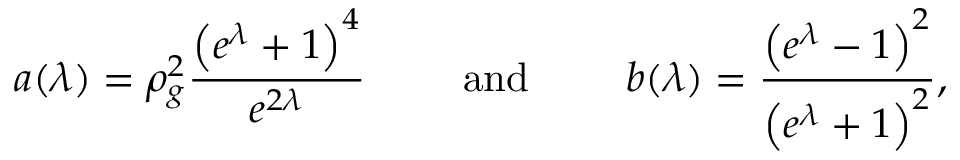
a ( \lambda ) = \rho _ { g } ^ { 2 } \frac { \left( e ^ { \lambda } + 1 \right) ^ { 4 } } { e ^ { 2 \lambda } } \qquad \mathrm { ~ a n d ~ } \qquad b ( \lambda ) = \frac { \left( e ^ { \lambda } - 1 \right) ^ { 2 } } { \left( e ^ { \lambda } + 1 \right) ^ { 2 } } ,